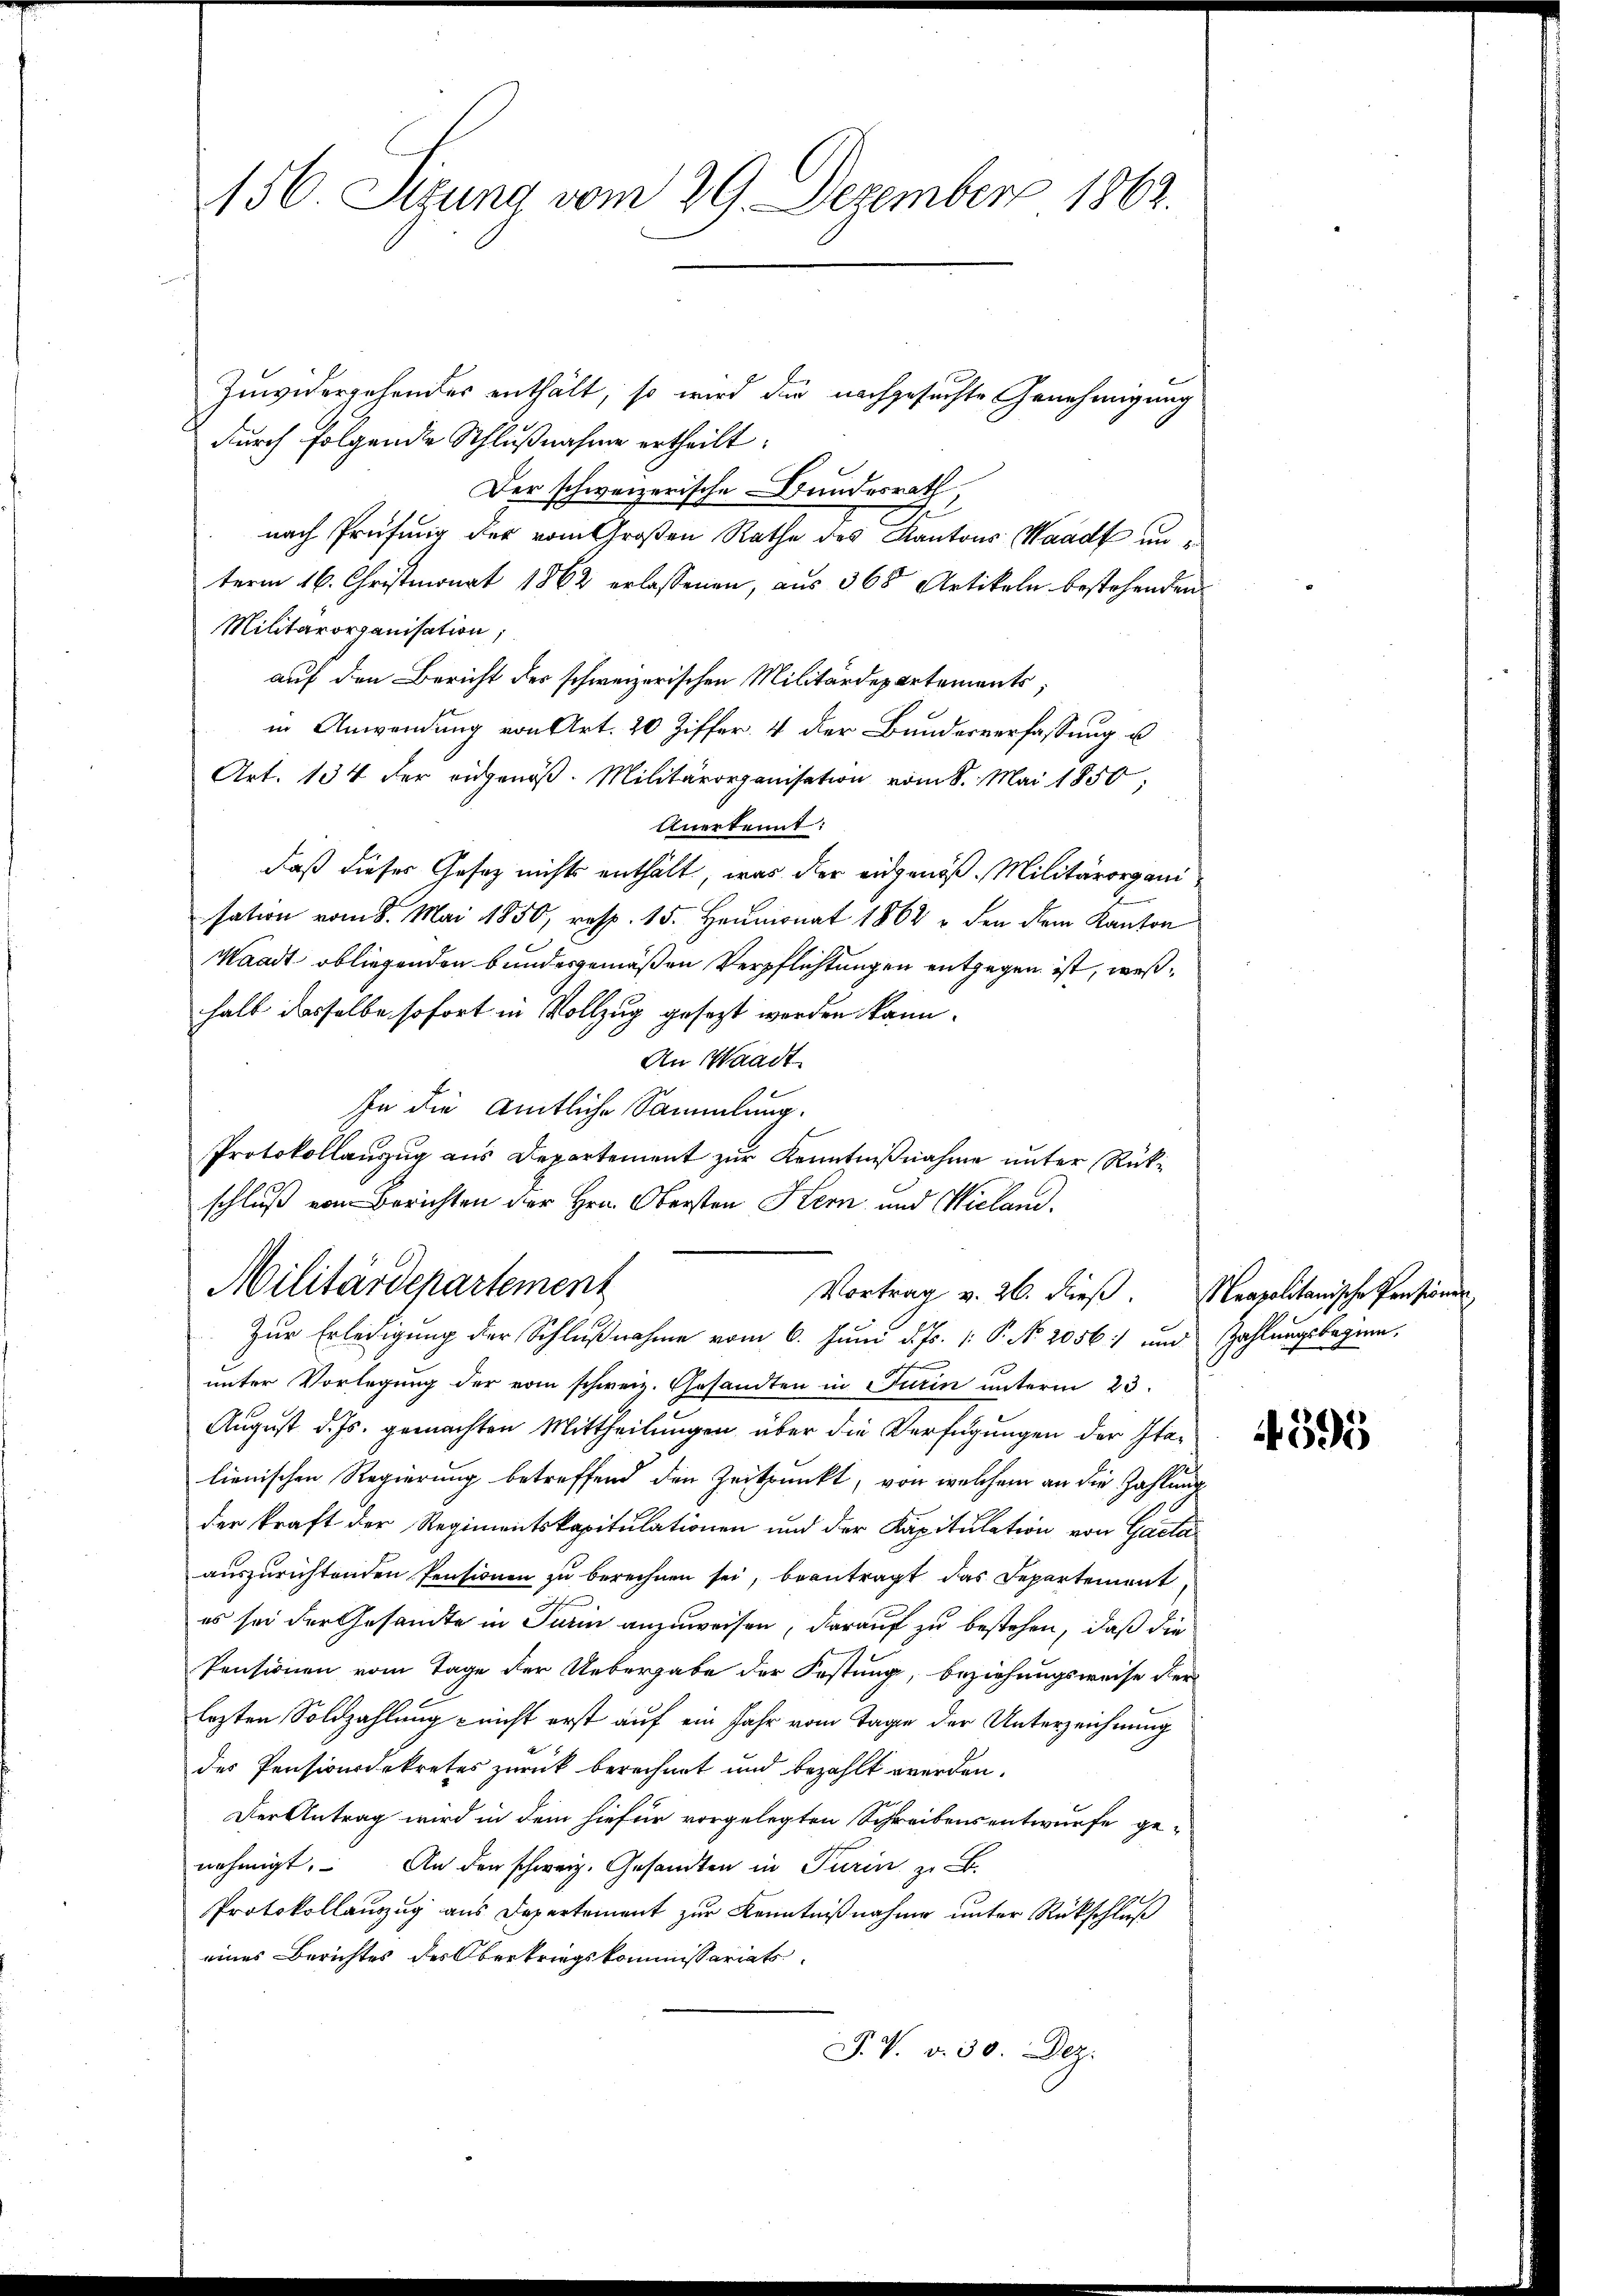
156. Sizung vom 29. Dezember 1862.

Zuwidergehendes enthält, so wird die nachgesuchte Genehmigung
durch folgende Schlußnahme ertheilt:
Der schweizerische Bundesrath,
nach Prüfung der vom Großen Rathe des Kantons Waadt unterm 16. Christmonat 1862 erlassenen, aus 365 Artikeln bestehenden
Militärorganisation,
auf den Bericht der schweizerischen Militärdepartements;
in Anwendung von Art. 20 Ziffer, 4 der Bundesverfassung u.
Art. 134 der eidgenöß. Militärorganisation vom 8. Mai 1850;
Unerkennt:
daß dieser Gesetz nichts enthält, was der eidgenöß. Militärorganisation vom 8. Mai 1850, resp. 15. Heumonat 1864 u. den dem Kanton
Waadt obliegenden bundesgemäßen Verpflichtungen entgegen ist, weßhalt dasselbe sofort in Vollzug gesezt worden kann.
An Waadt.
In die amtliche Sammlung.
Protokollauszug aus Departement zur Kenntnißnahme unter Rückschluß vom Berichten der Hrn. Obersten Kern und Wieland.
Militärdepartemenz
Vortrag v. 26. dieß. Neapolitanische Pensionen
Zur Erledigung der Schlußnahme vom 6. Juni d. Js. [: P. No. 2056) und Zahlungsbegren
unter Vorlegung der vom schweiz. Gesandten in Turin unterm 23.
August d. Js. gemachten Mittheilungen über die Verfügungen der Italienischen Regierung betreffend den Zeitpunkt, von welchem an die Zahlung
der kraft der Regimentskapitulationen und der Kapitulation von Gasta
auszurichtenden Pensionen zu berechnen sei, beantragt das Departement
es sei der Gesandte in Turin anzuweisen, darauf zu bestehen, daß die
Pensionen vom Tage der Uebergabe der Festung, beziehungsweise der
lezten Soldzahlung nicht erst auf ein Jahr vom Tage der Unterzeichnung
des Pensionsdekretes zurück berechnet und bezahlt werden.
Der Antrag wird in dem hiefür vorgelegten Schreibensentwurfe ge-
nehmigt. An der schweiz. Gesandten in Turin zu B
Protokollauszug aus Departement zur Kenntnißnahme unter Rückschluß
eines Berichtes des Oberkriegskommissariats¬
P. V. d. 30. Dez.

4595